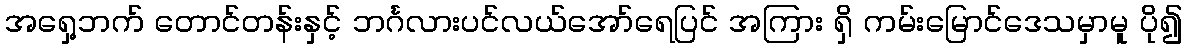
အရှေ့ဘက် တောင်တန်းနှင့် ဘင်္ဂလားပင်လယ်အော်ရေပြင် အကြား ရှိ ကမ်းမြောင်ဒေသမှာမူ ပို၍